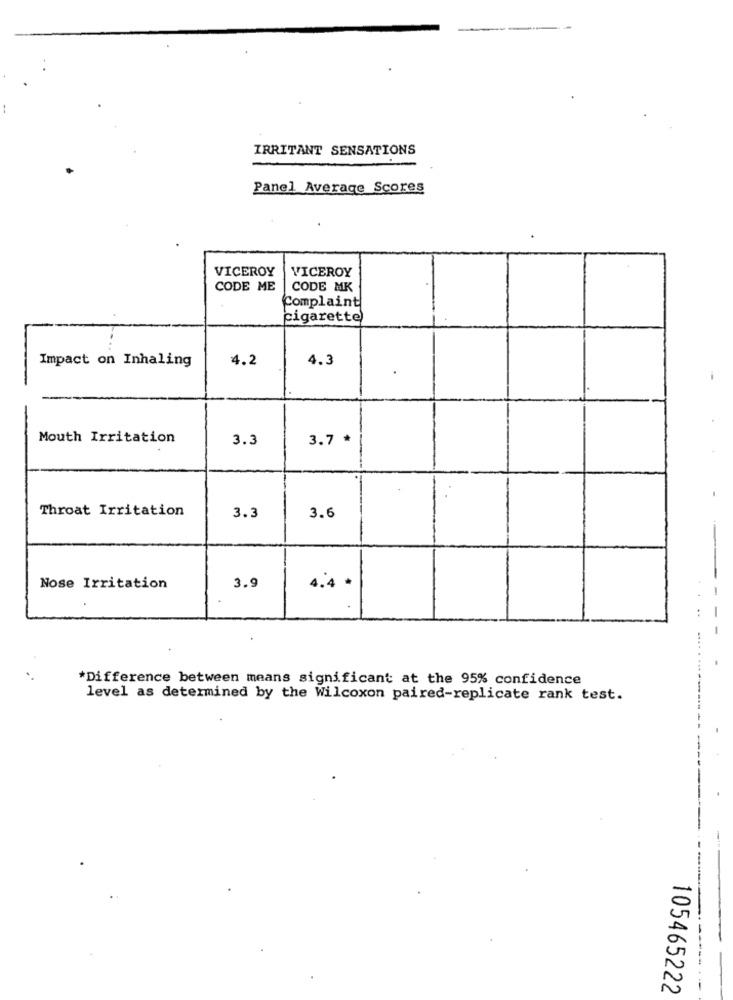
IRRITANT SENSATIONS
Panel Average Scores
VICEROY
VICEROY
CODE ME
CODE MK
Complaint
cigarette)
Impact on Inhaling
4.2
4.3
Mouth Irritation
3.3
3.7 *
Throat Irritation
3.3
3.6
4.4 *
Nose Irritation
3.9
*Difference between means significant at the 95% confidence
level as determined by the Wilcoxon paired-replicate rank test.
105465222
-- --